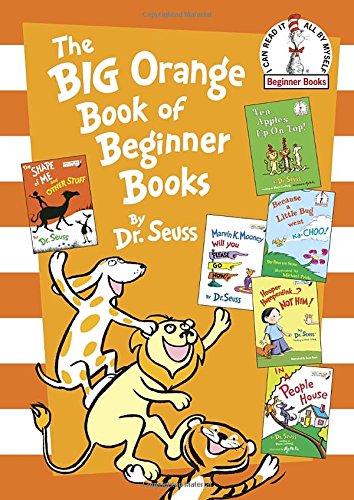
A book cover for The Big Orange Book of Beginner Books (Beginner Books(R)); Dr. Seuss; Children's Books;